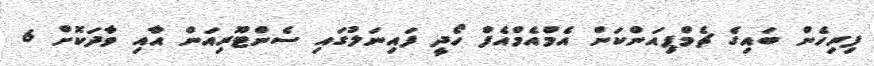
ފިރިހެން ބައިގެ ޗެމްޕިއަންކަން އެމްއެމްއެފް ހޯދީ ފައިނަލުގައި ސެންޓޫރިއަން އާއި ވާދަކޮށް 6